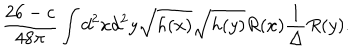
\frac { 2 6 - c } { 4 8 \pi } \int d ^ { 2 } x d ^ { 2 } y \sqrt { h ( x ) } \sqrt { h ( y ) } R ( x ) \frac { 1 } { \Delta } R ( y ) .